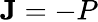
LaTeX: \mathbf{J}=-P